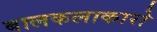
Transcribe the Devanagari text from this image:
बालकलाकारो